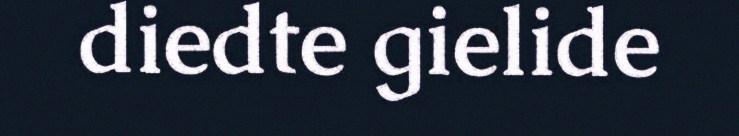
diedte gielide